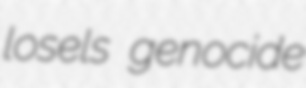
losels genocide